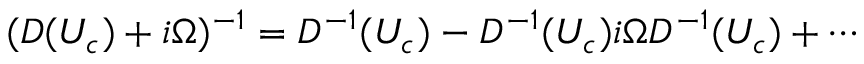
( D ( U _ { c } ) + i \Omega ) ^ { - 1 } = D ^ { - 1 } ( U _ { c } ) - D ^ { - 1 } ( U _ { c } ) i \Omega D ^ { - 1 } ( U _ { c } ) + \cdots